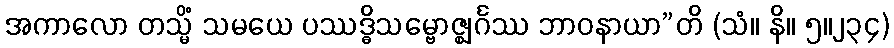
အကာလော တသ္မိံ သမယေ ပဿဒ္ဓိသမ္ဗောဇ္ဈင်္ဂဿ ဘာဝနာယာ”တိ (သံ။ နိ။ ၅။၂၃၄)